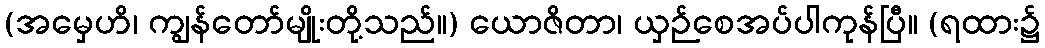
(အမှေဟိ၊ ကျွန်တော်မျိုးတို့သည်။) ယောဇိတာ၊ ယှဉ်စေအပ်ပါကုန်ပြီ။ (ရထား၌